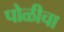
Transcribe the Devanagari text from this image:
पोळीचा